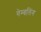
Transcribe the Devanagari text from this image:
गेम्बलिंग